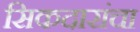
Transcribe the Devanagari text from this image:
सिकदारांचा